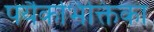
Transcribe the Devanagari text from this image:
पर्यैकभिक्तिका